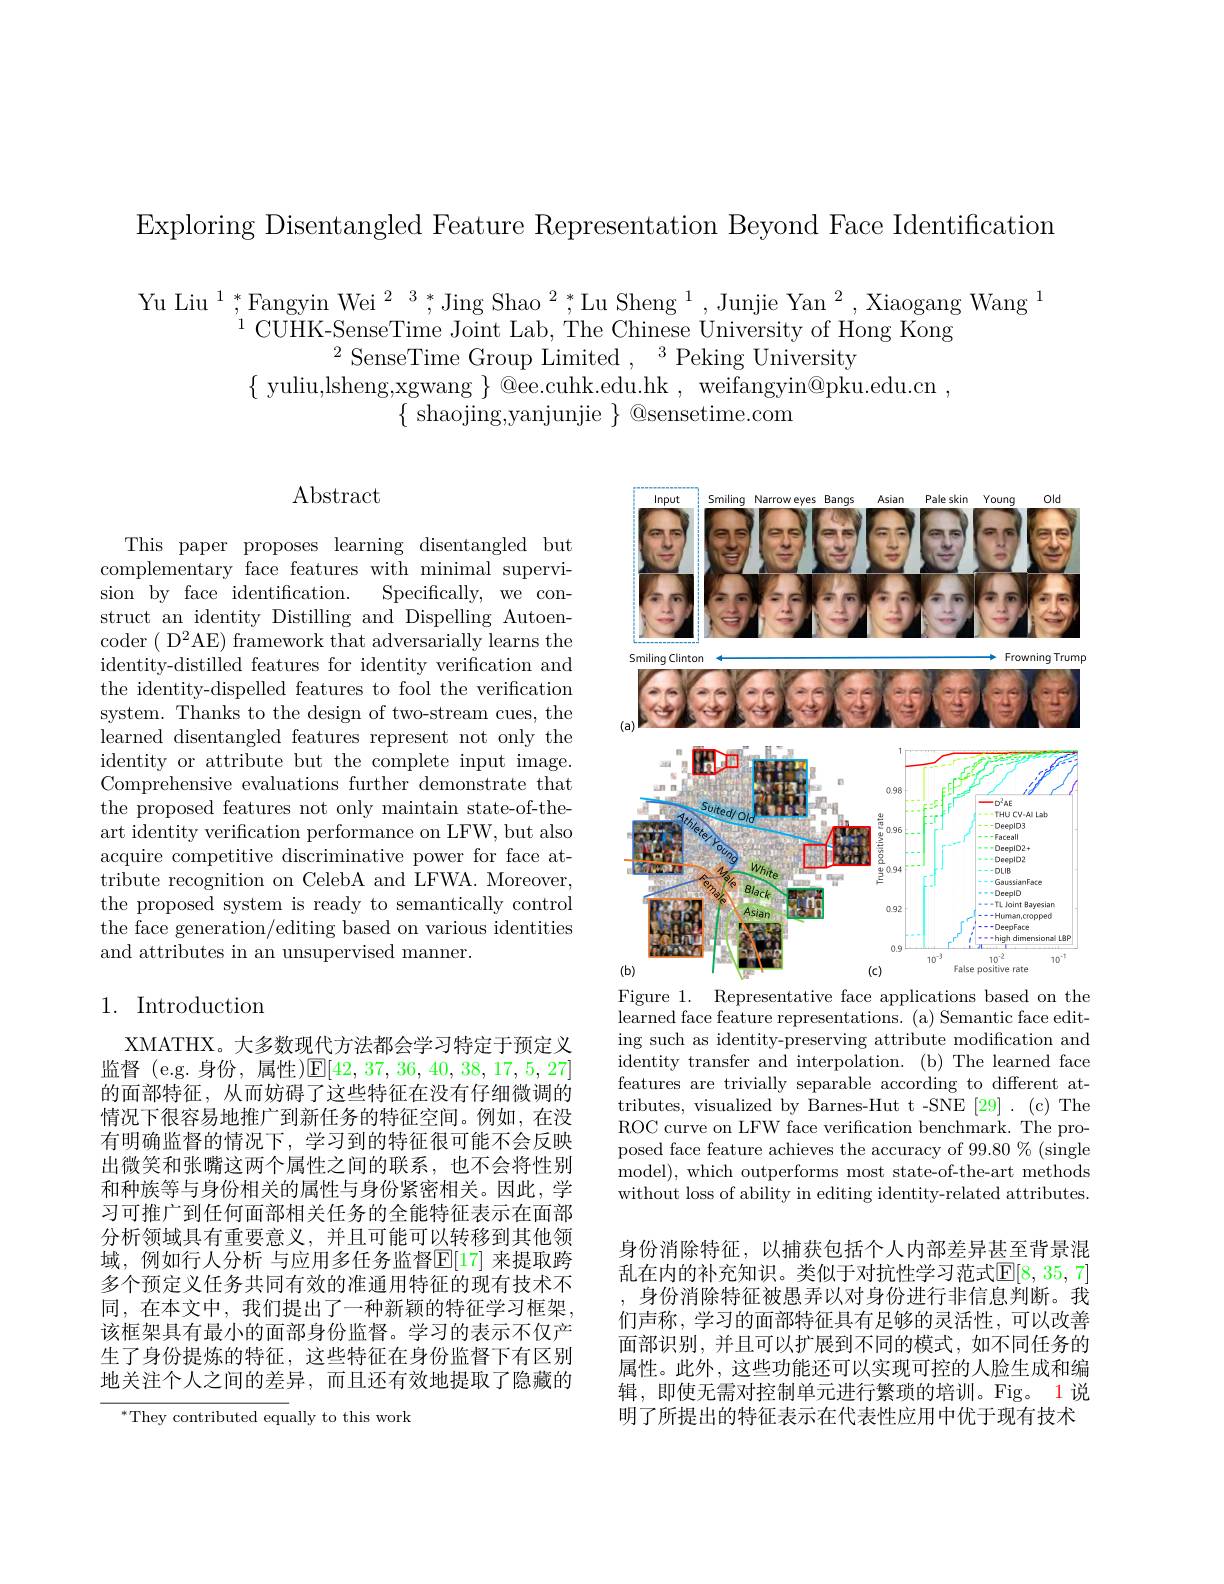
Exploring Disentangled Feature Representation Beyond Face Identification

$\begin{array}{c}{\mathrm{Yu~Liu~}^{1},^{*}\text{Fangyin Wei}^{2}3,^{*},\text{Jing Shao}^{2},^{*}\text{Lu Sheng}^{1},\text{Junjie Yan}^{2},\text{Xiaogang Wang}^{1}}\\{_{1}\text{CUHK-SenseTime Joint Lab, The Chinese University of Hong Kong}}\end{array}$

$\{$ yuliu,lsheng,xgwang $\}$ @ee.cuhk.edu.hk , weifangyin@pku.edu.cn ,
$\{$ shaojing,yanjunjie $\}$ @sensetime.com

Abstract

<FigureHere>
Figure 1.
Representative face applications based on the

This paper proposes learning disentangled but complementary face features with minimal supervision by face identification. Specifically, we construct an identity Distilling and Dispelling Autoencoder ( D$^2$AE) framework that adversarially learns the identity-distilled features for identity verification and the identity-dispelled features to fool the verification system. Thanks to the design of two-stream cues, the learned disentangled features represent not only the identity or attribute but the complete input image. Comprehensive evaluations further demonstrate that the proposed features not only maintain state-of-theart identity verification performance on LFW, but also acquire competitive discriminative power for face attribute recognition on CelebA and LFWA. Moreover, the proposed system is ready to semantically control the face generation/editing based on various identities and attributes in an unsupervised manner.

## 1. Introduction

learned face feature representations. (a) Semantic face editing such as identity-preserving attribute modification and identity transfer and interpolation. (b) The learned face features are trivially separable according to different attributes, visualized by Barnes-Hut t -SNE [29] . (c) The ROC curve on LFW face verification benchmark. The proposed face feature achieves the accuracy of 99.80 % (single model), which outperforms most state-of-the-art methods without loss of ability in editing identity-related attributes.

XMATHX。大多数现代方法都会学习特定于预定义监督 (e.g.身份，属性)$\mathbb{E}[42,37,36,40,38,17,5,27]$ 的面部特征，从而妨碍了这些特征在没有仔细微调的情况下很容易地推广到新任务的特征空间。例如，在没有明确监督的情况下，学习到的特征很可能不会反映出微笑和张嘴这两个属性之间的联系，也不会将性别和种族等与身份相关的属性与身份紧密相关。因此，学习可推广到任何面部相关任务的全能特征表示在面部分析领域具有重要意义，并且可能可以转移到其他领域，例如行人分析 与应用多任务监督$\mathbb{E}[17]$ 来提取跨多个预定义任务共同有效的准通用特征的现有技术不同，在本文中，我们提出了一种新颖的特征学习框架， 该框架具有最小的面部身份监督。学习的表示不仅产生了身份提炼的特征，这些特征在身份监督下有区别地关注个人之间的差异，而且还有效地提取了隐藏的

身份消除特征，以捕获包括个人内部差异甚至背景混乱在内的补充知识。类似于对抗性学习范式$\mathbb{E}[8,35,7]$ 身份消除特征被愚弄以对身份进行非信息判断。我们声称，学习的面部特征具有足够的灵活性，可以改善面部识别，并且可以扩展到不同的模式，如不同任务的属性。此外，这些功能还可以实现可控的人脸生成和编辑，即使无需对控制单元进行繁琐的培训。Fig。1说明了所提出的特征表示在代表性应用中优于现有技术

$^{*}$They contributed equally to this work